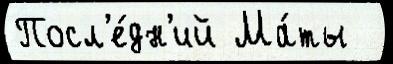
Посл'е́дн'ий Ма́ты